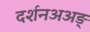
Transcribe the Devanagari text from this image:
दर्शनअअङ्